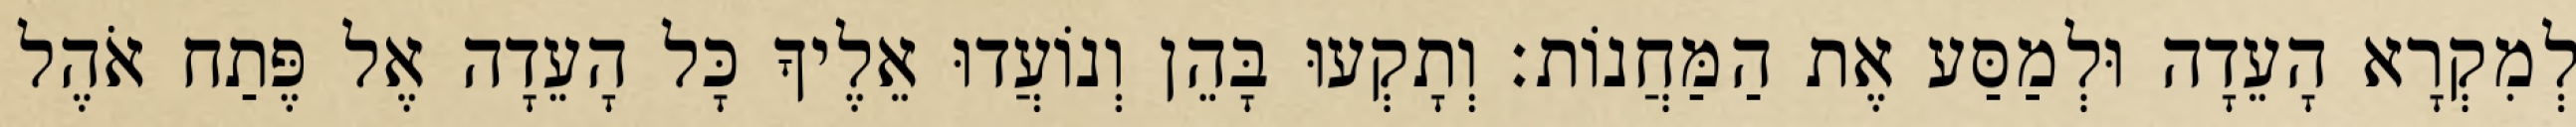
לְמִקְרָא הָעֵדָה וּלְמַסַּע אֶת הַמַּחֲנוֹת׃ וְתָקְעוּ בָּהֵן וְנוֹעֲדוּ אֵלֶיךָ כָּל הָעֵדָה אֶל פֶּתַח אֹהֶל